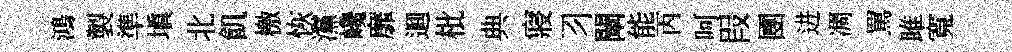
鴻製準填北飢檄恢灙巉靡逥枇典寢习闡能丙呵叚圑进凋罵雎寬